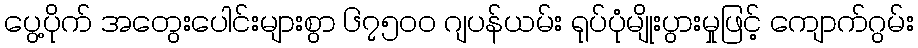
ပွေ့ပိုက် အတွေးပေါင်းများစွာ ၆၇၅၀၀ ဂျပန်ယမ်း ရုပ်ပုံမျိုးပွားမှုဖြင့် ကျောက်ဂွမ်း